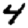
Digit: 4